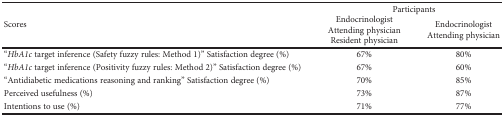
<table><thead><tr><td rowspan="2"><b>Scores</b></td><td colspan="2"><b>Participants</b></td></tr><tr><td><b>EndocrinologistAttending physicianResident physician</b></td><td><b>EndocrinologistAttending physician</b></td></tr></thead><tbody><tr><td>“<i>HbA1c</i> target inference (Safety fuzzy rules: Method 1)” Satisfaction degree (%)</td><td>67%</td><td>80%</td></tr><tr><td>“<i>HbA1c</i> target inference (Positivity fuzzy rules: Method 2)” Satisfaction degree (%)</td><td>67%</td><td>60%</td></tr><tr><td>“Antidiabetic medications reasoning and ranking” Satisfaction degree (%)</td><td>70%</td><td>85%</td></tr><tr><td>Perceived usefulness (%)</td><td>73%</td><td>87%</td></tr><tr><td>Intentions to use (%)</td><td>71%</td><td>77%</td></tr></tbody></table>